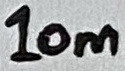
Text: 10m